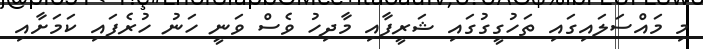
މި މައްސަލައިގައި ތަހުގީގުގައި ޝަރީފާއި މާދިހު ވެސް ވަނީ ހަނު ހުރެފައި ކަމަށާއި